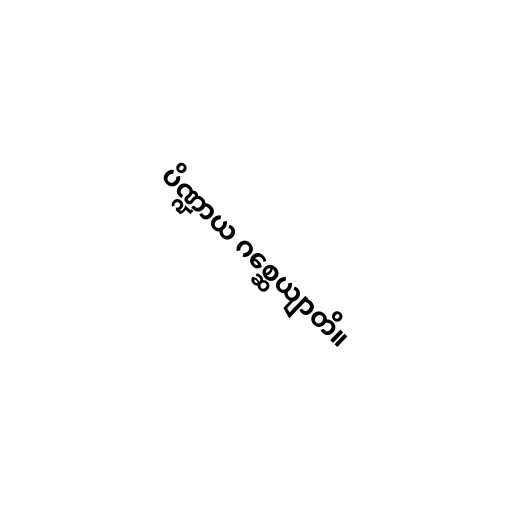
ပိဏ္ဍာယ ဂစ္ဆေယျာတိ။